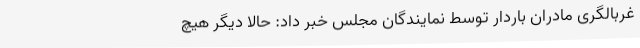
غربالگری مادران باردار توسط نمایندگان مجلس خبر داد: حالا دیگر هیچ